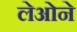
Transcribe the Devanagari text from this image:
लेओने